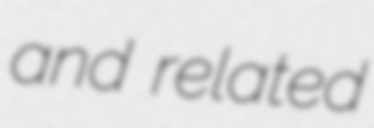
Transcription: and related